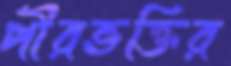
পীরভক্তির